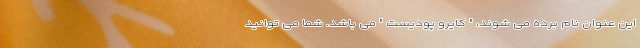
این عنوان نام برده می شوند، " کایرو پودیست " می باشد. شما می توانید